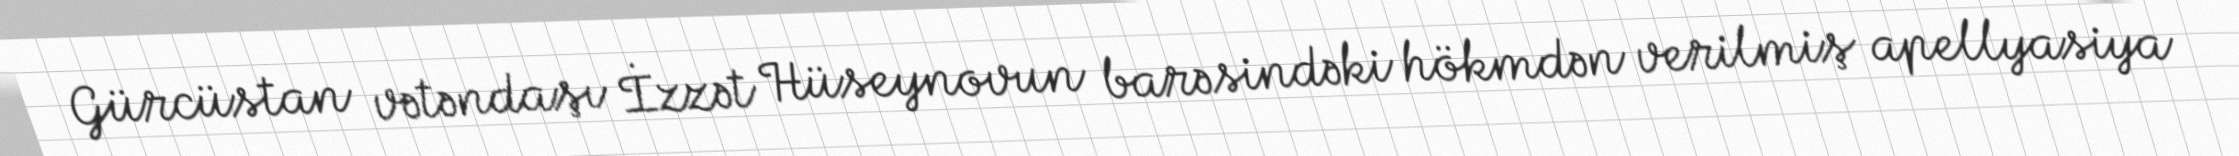
Gürcüstan vətəndaşı İzzət Hüseynovun barəsindəki hökmdən verilmiş apellyasiya